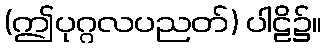
(ဤပုဂ္ဂလပညတ်) ပါဠိ၌။